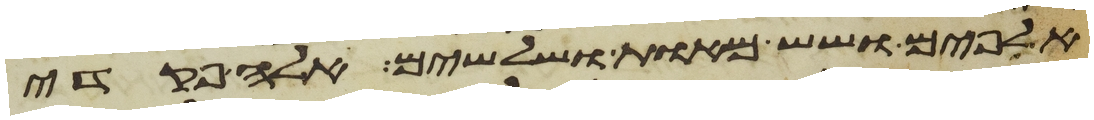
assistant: אלפים ושש מאות ושלשים אלה פקדי